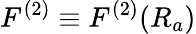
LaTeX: F^{(2)}\equiv F^{(2)}(R_{a})